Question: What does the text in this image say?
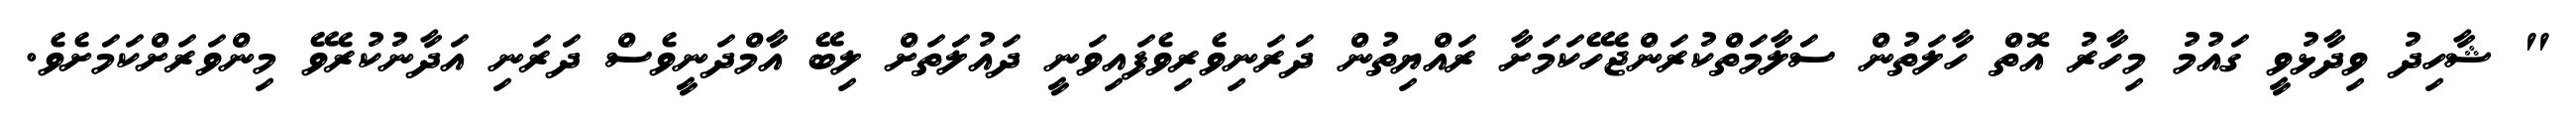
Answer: " ޝާހިދު ވިދާޅުވީ ގައުމު މިހާރު އޮތް ހާލަތުން ސަލާމަތްކުރަންޖެހޭކަމަށާ ރައްޔިތުން ދަރަނިވެރިވެފައިވަނީ ދައުލަތަށް ލިބޭ އާމްދަނީވެސް ދަރަނި އަދާނުކުރެވޭ މިންވަރަށްކަމަށެވެ.